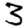
Digit: 3